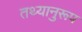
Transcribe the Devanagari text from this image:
तथ्यानुरूप